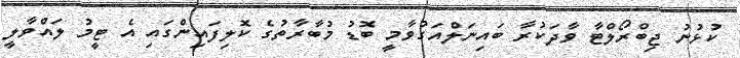
ކުޅުނު ޖިބްރޯލްޓާ ވާދަކުރާ ބައިނަލްއަގުވާމީ ބޮޑު މުބާރާތުގެ ކޮލިފައިންގައި އެ ޓީމު ލައްވާލީ